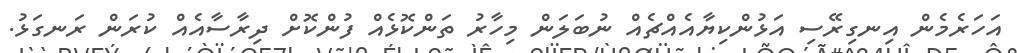
އަހަރެމެން އިނގިރޭސި އަޅުންކިޔާއެއްޗެއް ނުބަލަން މިހާރު ތަންކޮޅެއް ފުންކޮށް ދިރާސާއެއް ކުރަން ރަނގަޅު.